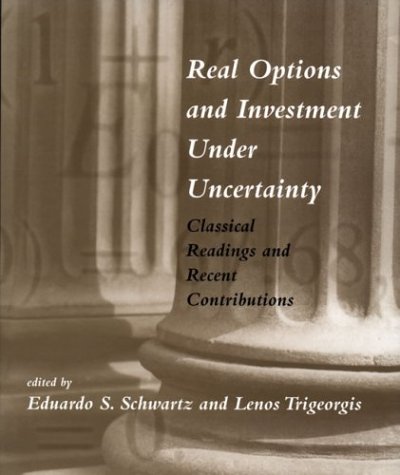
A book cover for Real Options and Investment under Uncertainty: Classical Readings and Recent Contributions; Business & Money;